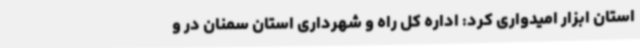
استان ابزار امیدواری کرد: اداره کل راه و شهرداری استان سمنان در و